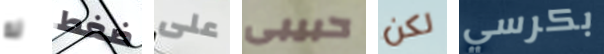
له ضغط على حبيبى لكن بكرسي